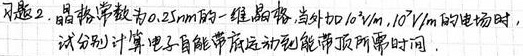
习题2. 晶格常数为\(0.25\mathrm{nm}\)的一维晶格，外加\(10^{2}\mathrm{V/m}\)，\(10^{7}\mathrm{V/m}\)的电场时，试分别计算电子自能带底运动到能带顶所需时间。